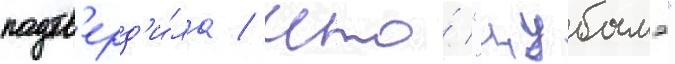
подтв'ерд'и́ла / что́ "цубамэ"